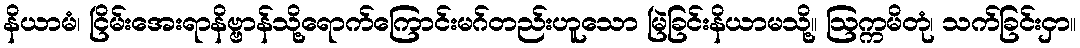
နိယာမံ၊ ငြိမ်းအေးရာနိဗ္ဗာန်သို့ရောက်ကြောင်းမဂ်တည်းဟူသော မြဲခြင်းနိယာမသို့။ ဩက္ကမိတုံ၊ သက်ခြင်းငှာ။